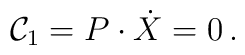
{\cal C}_1 = P \cdot \dot{X} = 0\,.